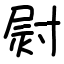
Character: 㷉